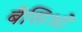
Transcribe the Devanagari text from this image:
बैसिओ